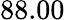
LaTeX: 88.00